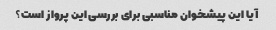
آیا این پیشخوان مناسبی برای بررسی این پرواز است؟